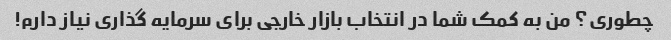
چطوری؟ من به کمک شما در انتخاب بازار خارجی برای سرمایه گذاری نیاز دارم!